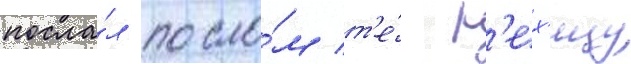
посла́л посло́м т'е́ р'ех'ицу